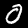
Digit: 0